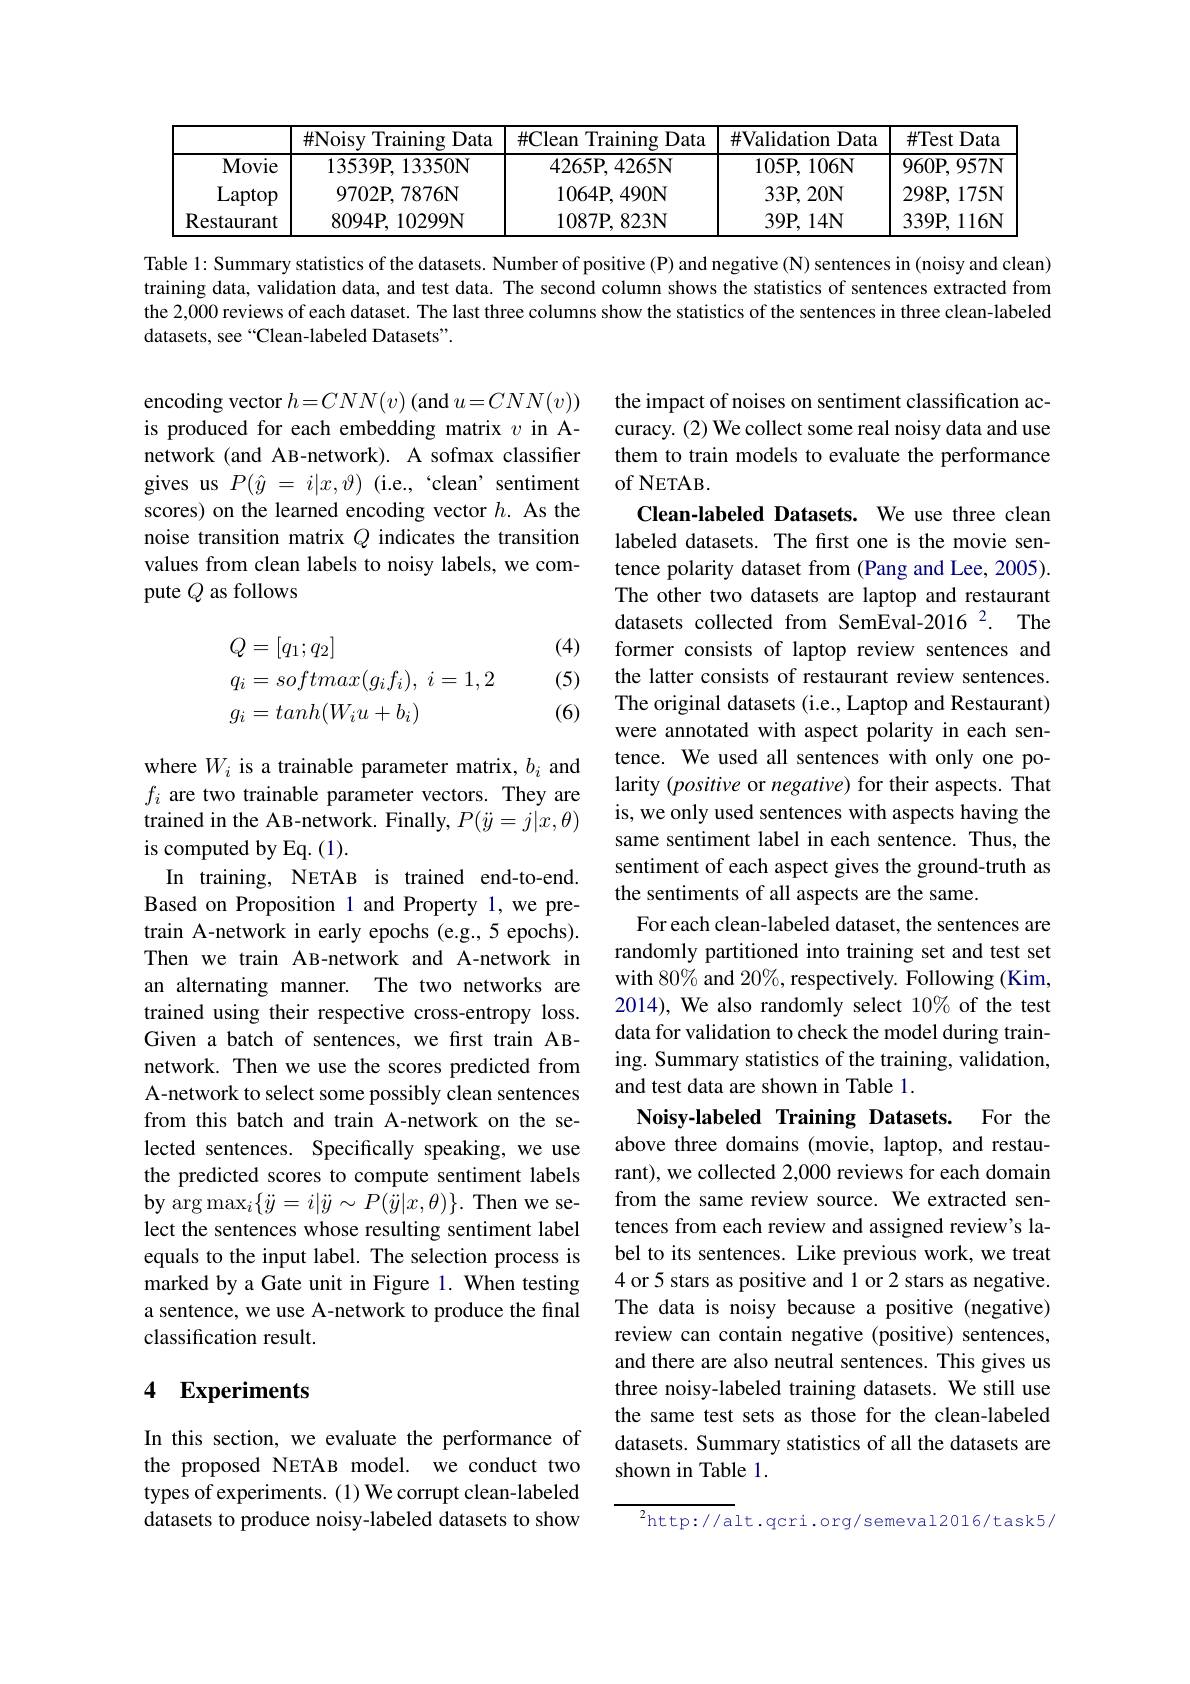
<table>
	<tbody>
		<tr>
			<th> </th>
			<th>$\#$Noisy Training Data</th>
			<th>$\#$Clean Training Data</th>
			<th>$\#$Validation Data</th>
			<th>$\#$Test Data</th>
		</tr>
		<tr>
			<td>Movie</td>
			<td>13539P,13350N</td>
			<td>4265P,4265N</td>
			<td>105P,106N</td>
			<td>$960\mathbf{P},957\mathbf{N}$</td>
		</tr>
		<tr>
			<td>Laptop</td>
			<td>$9702\mathbf{P},7876\mathbf{N}$</td>
			<td>1064P,490N</td>
			<td>$33\mathbf{P},20\mathbf{N}$</td>
			<td>$298\mathbf{P},175\mathbf{N}$</td>
		</tr>
		<tr>
			<td>Restaurant</td>
			<td>$8094\mathbf{P},10299\mathbf{N}$</td>
			<td>1087P, 823N</td>
			<td>$39\mathbf{P},14\mathbf{N}$</td>
			<td>$339\mathbf{P},116\mathbf{N}$</td>
		</tr>
	</tbody>
</table>

Table 1: Summary statistics of the datasets. Number of positive (P) and negative (N) sentences in (noisy and clean) training data, validation data, and test data. The second column shows the statistics of sentences extracted from the 2,000 reviews of each dataset. The last three columns show the statistics of the sentences in three clean-labeled datasets, see“Clean-labeled Datasets".

encoding vector $h=CNN(v)$ (and $u=CNN(v))$ is produced for each embedding matrix $v$ in Anetwork (and AB-network). A sofmax classifier gives us $P( \hat{y}$ = $i| x, \vartheta )$ (i.e., 'clean' sentiment scores) on the learned encoding vector $h.$ As the noise transition matrix $Q$ indicates the transition values from clean labels to noisy labels, we compute $Q$ as follows

(4)

(5)
$$\begin{aligned}Q&=[q_1;q_2]\\q_{i}&=softmax(g_if_i),\:i=1,2\\g_{i}&=tanh(W_iu+b_i)\end{aligned}$$
(6)

the impact of noises on sentiment classification accuracy. (2) We collect some real noisy data and use them to train models to evaluate the performance of NETAB.
Clean-labeled Datasets. We use three clean labeled datasets. The frst one is the movie sentence polarity dataset from (Pang and Lee, 2005). The other two datasets are laptop and restaurant datasets collected from SemEval-2016 $^{2}.$ The former consists of laptop review sentences and the latter consists of restaurant review sentences. The original datasets (i.e., Laptop and Restaurant) were annotated with aspect polarity in each sentence. We used all sentences with only one polarity (positive or negative) for their aspects. That is, we only used sentences with aspects having the same sentiment label in each sentence. Thus, the sentiment of each aspect gives the ground-truth as the sentiments of all aspects are the same.
For each clean-labeled dataset, the sentences are randomly partitioned into training set and test set with 80% and 20%, respectively. Following (Kim, 2014), We also randomly select $10\%$ of the test data for validation to check the model during training. Summary statistics of the training, validation, and test data are shown in Table 1.
Noisy-labeled Training Datasets. For the

where $W_i$ is a trainable parameter matrix, $b_i$ and $f_i$ are two trainable parameter vectors. They are trained in the AB-network. Finally, $P(\ddot{y}=j|x,\theta)$ is computed by Eq. (1).
In training, NETAB is trained end-to-end. Based on Proposition 1 and Property 1,we pretrain A-network in early epochs (e.g.,5 epochs). Then we train AB-network and A-network in an alternating manner. The two networks are trained using their respective cross-entropy loss. Given a batch of sentences, we first train ABnetwork. Then we use the scores predicted from A-network to select some possibly clean sentences from this batch and train A-network on the selected sentences. Specifically speaking, we use the predicted scores to compute sentiment labels $\operatorname{by}\arg\max_i\{\ddot{y}=i|\ddot{y}\sim P(\ddot{y}|x,\theta)\}.$ Then we select the sentences whose resulting sentiment label equals to the input label. The selection process is marked by a Gate unit in Figure 1. When testing a sentence, we use A-network to produce the final classification result.

above three domains (movie, laptop, and restaurant), we collected 2,000 reviews for each domain from the same review source. We extracted sentences from each review and assigned review's label to its sentences. Like previous work, we treat 4 or 5 stars as positive and 1 or 2 stars as negative. The data is noisy because a positive (negative) review can contain negative (positive) sentences, and there are also neutral sentences. This gives us three noisy-labeled training datasets. We still use the same test sets as those for the clean-labeled datasets. Summary statistics of all the datasets are shown in Table 1.

## 4 Experiments

In this section, we evaluate the performance of the proposed NETAB model. we conduct two types of experiments. (1) We corrupt clean-labeled datasets to produce noisy-labeled datasets to show

$^{2}$http://alt.qcri.org/semeval2016/task5/